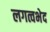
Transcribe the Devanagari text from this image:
लगत्वभेद